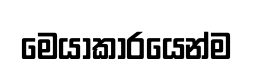
මෙයාකාරයෙන්ම